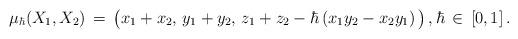
LaTeX: \begin{align*}\mu_\hbar(X_1,X_2) \,=\, \big(x_1 + x_2,\, y_1 + y_2,\, z_1 + z_2 - \hbar\left(x_1 y_2 - x_2 y_1\right)\big)\,,\hbar\,\in\,[0,1]\,.\end{align*}